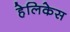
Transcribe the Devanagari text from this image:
हेलिकेस